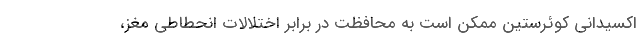
اکسیدانی کوئرستین ممکن است به محافظت در برابر اختلالات انحطاطی مغز،